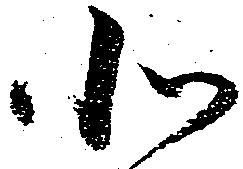
北